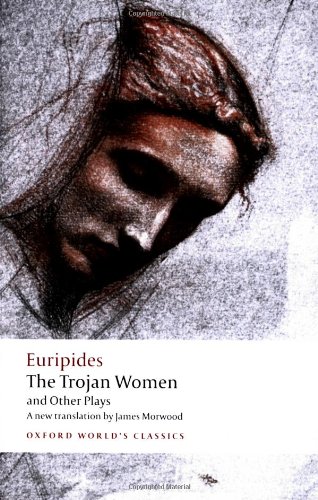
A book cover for The Trojan Women and Other Plays (Oxford World's Classics); Euripides; Literature & Fiction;